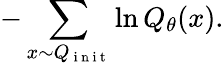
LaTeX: -\sum_{x\sim Q_{\mathrm{~i~n~i~t~}}}\ln Q_{\theta}(x).